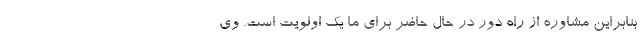
بنابراین مشاوره از راه دور در حال حاضر برای ما یک اولویت است. وی